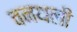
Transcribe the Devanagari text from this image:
वनथली